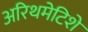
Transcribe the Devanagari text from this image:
अरिथमेटिशे